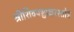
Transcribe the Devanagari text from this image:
श्रीशिवपञ्चाक्षरस्तोत्रं